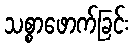
သစ္စာဖောက်ခြင်း